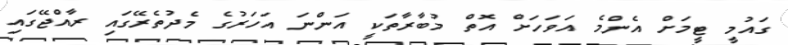
ގައުމީ ޓީމަށް އެންމެ އަވަހަށް އޮތް މުބާރާތަކީ އަންނަ އަހަރުގެ މެދުތެރޭގައި ރާއްޖޭގައި